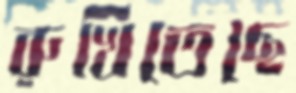
রুখিতেছে